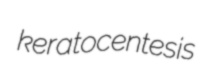
keratocentesis